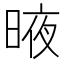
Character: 𣈋